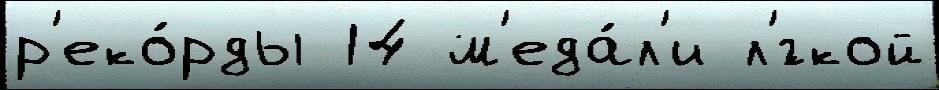
р'еко́рды 14 м'еда́л'и л'́гкой